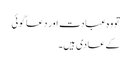
تو وہ عبادت اور دعا گوئی
کے عادی ہیں۔